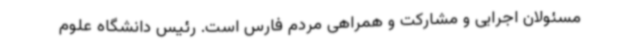
مسئولان اجرایی و مشارکت و همراهی مردم فارس است. رئیس دانشگاه علوم